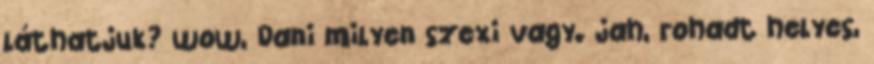
láthatjuk? wow, Dani milyen szexi vagy. jah, rohadt helyes,